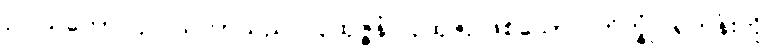
ဥပါသကော၊ ဥပါသကာသည်။ ပုထုဇ္ဇနံ၊ ပုထုဇဉ်ဖြစ်သော။ ဘိက္ခုံ၊ ရဟန်းကို။